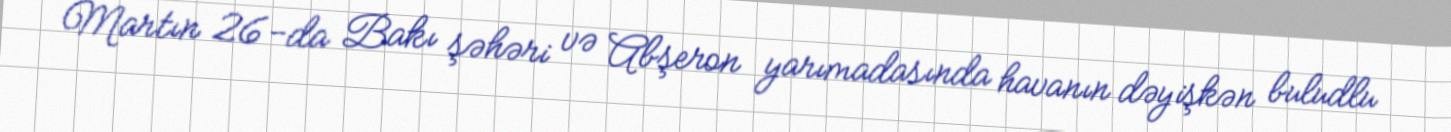
Martın 26-da Bakı şəhəri və Abşeron yarımadasında havanın dəyişkən buludlu